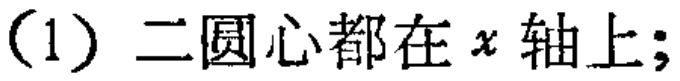
(1) 二圆心都在 \(x\) 轴上；